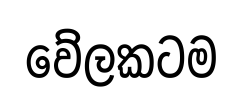
වේලකටම